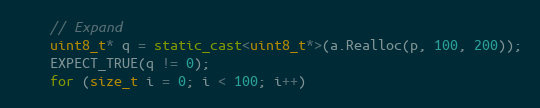
Language: C++
    // Expand
    uint8_t* q = static_cast<uint8_t*>(a.Realloc(p, 100, 200));
    EXPECT_TRUE(q != 0);
    for (size_t i = 0; i < 100; i++)